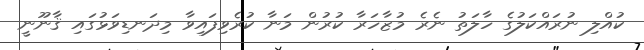
ކުއްލި ނުރައްކަލުގެ ހާލަތު ނެރެ މުޒާހަރާ ކުރުން މަނާ ކުރެވިފައިވާ މިދަނޑިވަޅުގައި ޤާނޫނީ